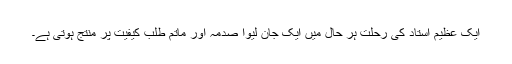
ایک عظیم استاد کی رحلت ہر حال میں ایک جان لیوا صدمہ اور ماتم طلب کیفیت پر منتج ہوتی ہے۔